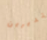
تديرين